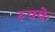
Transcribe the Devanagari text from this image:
रूक्‍के